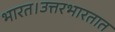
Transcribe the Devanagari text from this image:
भारत।उत्तरभारतात